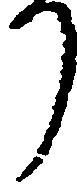
り